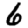
Digit: 6